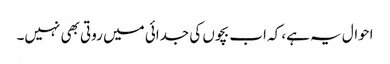
احوال یہ ہے، کہ اب بچوں کی جدائی میں روتی بھی نہیں۔